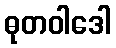
ဓုတဝါဒေါ